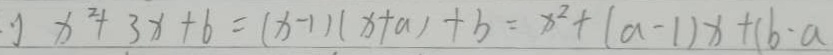
x ^ { 2 } + 3 x + 6 = ( x - 1 ) ( x + a ) + b = x ^ { 2 } + ( a - 1 ) x + ( b - a